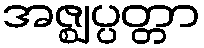
အဇ္ဈပ္ပတ္တာ